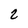
Character: 8